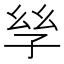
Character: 𡥝